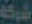
شركة